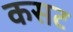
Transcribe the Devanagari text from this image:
कसट